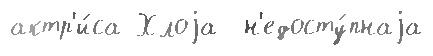
актр'и́са Хлоjа  н'едосту́пнаjа